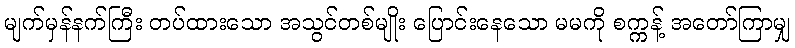
မျက်မှန်နက်ကြီး တပ်ထားသော အသွင်တစ်မျိုး ပြောင်းနေသော မမကို စက္ကန့် အတော်ကြာမျှ